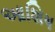
આશિષ